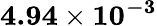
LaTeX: \mathbf{4.94\times 10^{-3}}